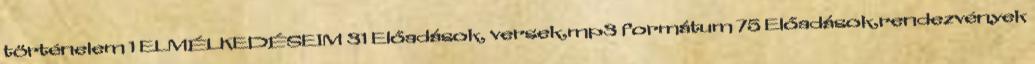
történelem 1 ELMÉLKEDÉSEIM 31 Előadások, versek,mp3 formátum 75 Előadások,rendezvények